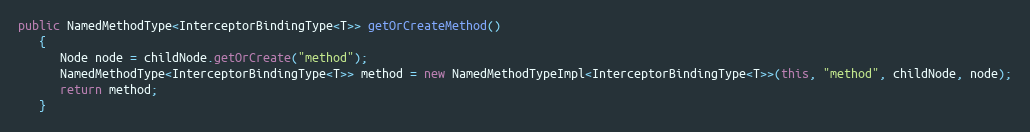
Language: Java
public NamedMethodType<InterceptorBindingType<T>> getOrCreateMethod()
   {
      Node node = childNode.getOrCreate("method");
      NamedMethodType<InterceptorBindingType<T>> method = new NamedMethodTypeImpl<InterceptorBindingType<T>>(this, "method", childNode, node);
      return method;
   }